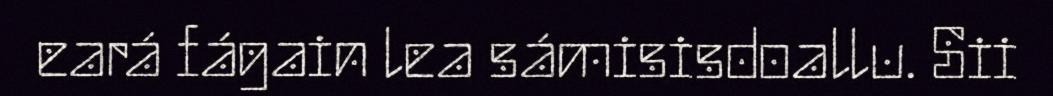
eará fágain lea sámisisdoallu. Sii